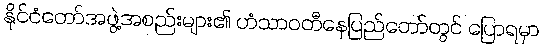
နိုင်ငံတော်အဖွဲ့အစည်းများ၏ ဟံသာဝတီနေပြည်တော်တွင် ပြောရမှာ